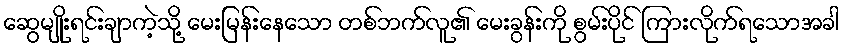
ဆွေမျိုးရင်းချာကဲ့သို့ မေးမြန်းနေသော တစ်ဘက်လူ၏ မေးခွန်းကို စွမ်းပိုင် ကြားလိုက်ရသောအခါ